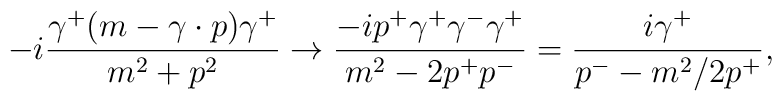
-i{\gamma^+(m-\gamma\cdot p)\gamma^+\over m^2+p^2}\to {-ip^+\gamma^+\gamma^-\gamma^+\over m^2-2p^+p^-}={i\gamma^+\over p^--m^2/2p^+},